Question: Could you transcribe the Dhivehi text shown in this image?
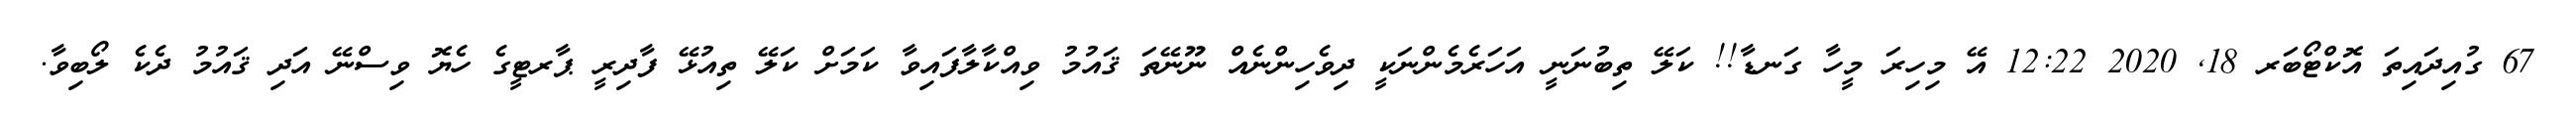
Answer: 67 ގުއިދައިތަ އޮކްޓޯބަރ 18, 2020 12:22 އޭ މިހިރަ މީހާ ގަނޑާ!! ކަލޭ ތިބުނަނީ އަހަރެމެންނަކީ ދިވެހިންނެއް ނޫނޭތަ ޤައުމު ވިއްކާލާފައިވާ ކަމަށް ކަލޭ ތިއުޅޭ ފާދިރީ ޕާރޓީގެ ހެޔޮ ވިސްނޭ އަދި ޤައުމު ދެކެ ލޯބިވާ.